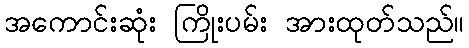
အကောင်းဆုံး ကြိုးပမ်း အားထုတ်သည်။